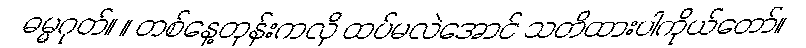
ဓမ္မဂုတ်။ ။ တစ်နေ့တုန်းကလို ထပ်မလဲအောင် သတိထားပါကိုယ်တော်။